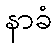
နာခံ